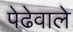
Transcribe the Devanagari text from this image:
पेढेवाले